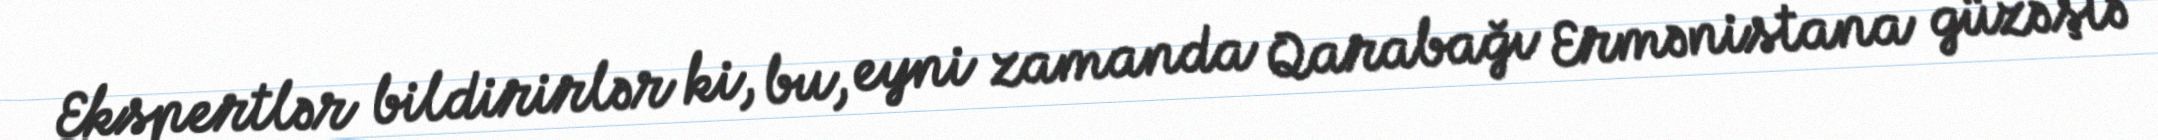
Ekspertlər bildirirlər ki, bu, eyni zamanda Qarabağı Ermənistana güzəştə